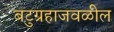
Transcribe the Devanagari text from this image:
बटुग्रहाजवळील